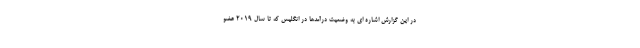
در این گزارش اشاره ای به وضعیت درآمدها در انگلیس که تا سال ۲۰۱۹ عضو